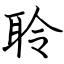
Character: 聆